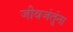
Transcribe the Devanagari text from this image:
जीवजंतूंना